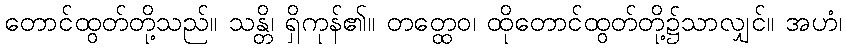
တောင်ထွတ်တို့သည်။ သန္တိ၊ ရှိကုန်၏။ တတ္ထေဝ၊ ထိုတောင်ထွတ်တို့၌သာလျှင်။ အဟံ၊